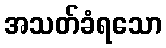
အသတ်ခံရသော